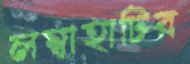
লম্বাহাটির